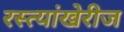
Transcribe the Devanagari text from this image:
रस्त्यांखेरीज